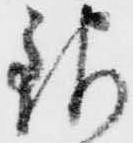
銀